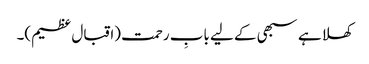
کھلا ہے سبھی کے لیے بابِ رحمت (اقبال عظیم)۔